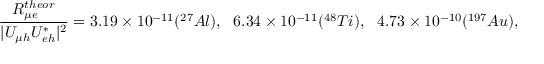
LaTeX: \frac { R _ { \mu e } ^ { t h e o r } } { | U _ { \mu h } U _ { e h } ^ { * } | ^ { 2 } } = 3 . 1 9 \times 1 0 ^ { - 1 1 } ( ^ { 2 7 } A l ) , ~ ~ 6 . 3 4 \times 1 0 ^ { - 1 1 } ( ^ { 4 8 } T i ) , ~ ~ 4 . 7 3 \times 1 0 ^ { - 1 0 } ( ^ { 1 9 7 } A u ) ,